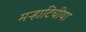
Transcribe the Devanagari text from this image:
मऱ्हाटिचीया